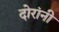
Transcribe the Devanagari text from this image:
दोरांनी